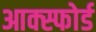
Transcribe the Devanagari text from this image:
आक्स्फोर्ड